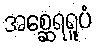
အစ္ဆေရရူပံ